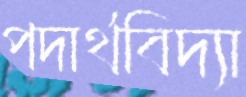
পদার্থবিদ্যা